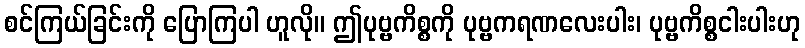
စင်ကြယ်ခြင်းကို ပြောကြပါ ဟူလို။ ဤပုဗ္ဗကိစ္စကို ပုဗ္ဗကရဏလေးပါး၊ ပုဗ္ဗကိစ္စငါးပါးဟု